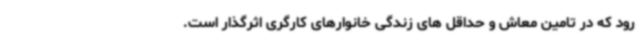
رود که در تامین معاش و حداقل های زندگی خانوارهای کارگری اثرگذار است.